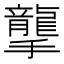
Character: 𢸭